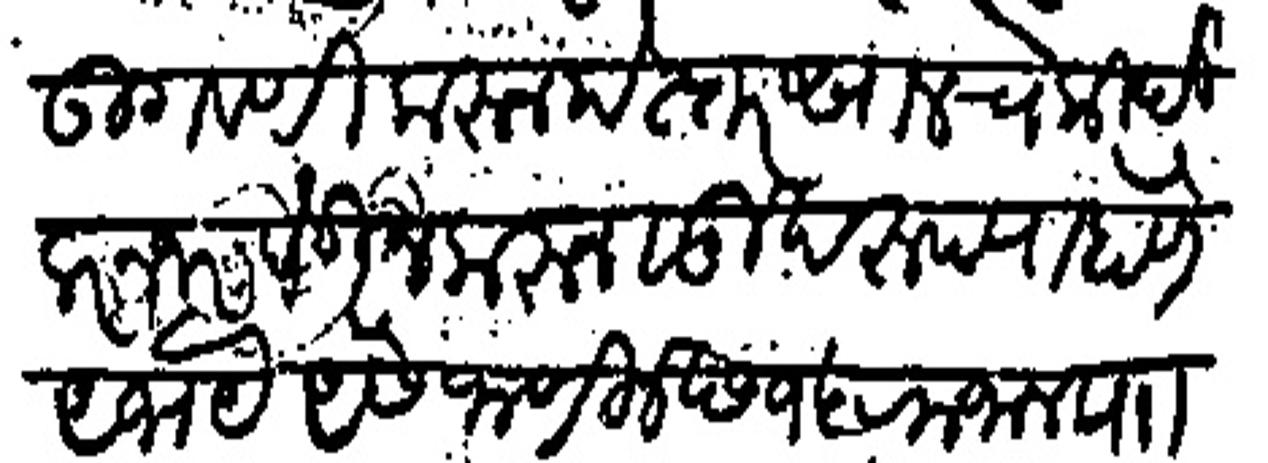
Transliteration (Devanagari): उगवणी करुन पेस्तर सालचे कीर्दी नजर देऊन करून सुखरूप राहाणे अभये ऐसे जाणीजे छ१५ रमजान पाा